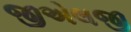
જીએલજી